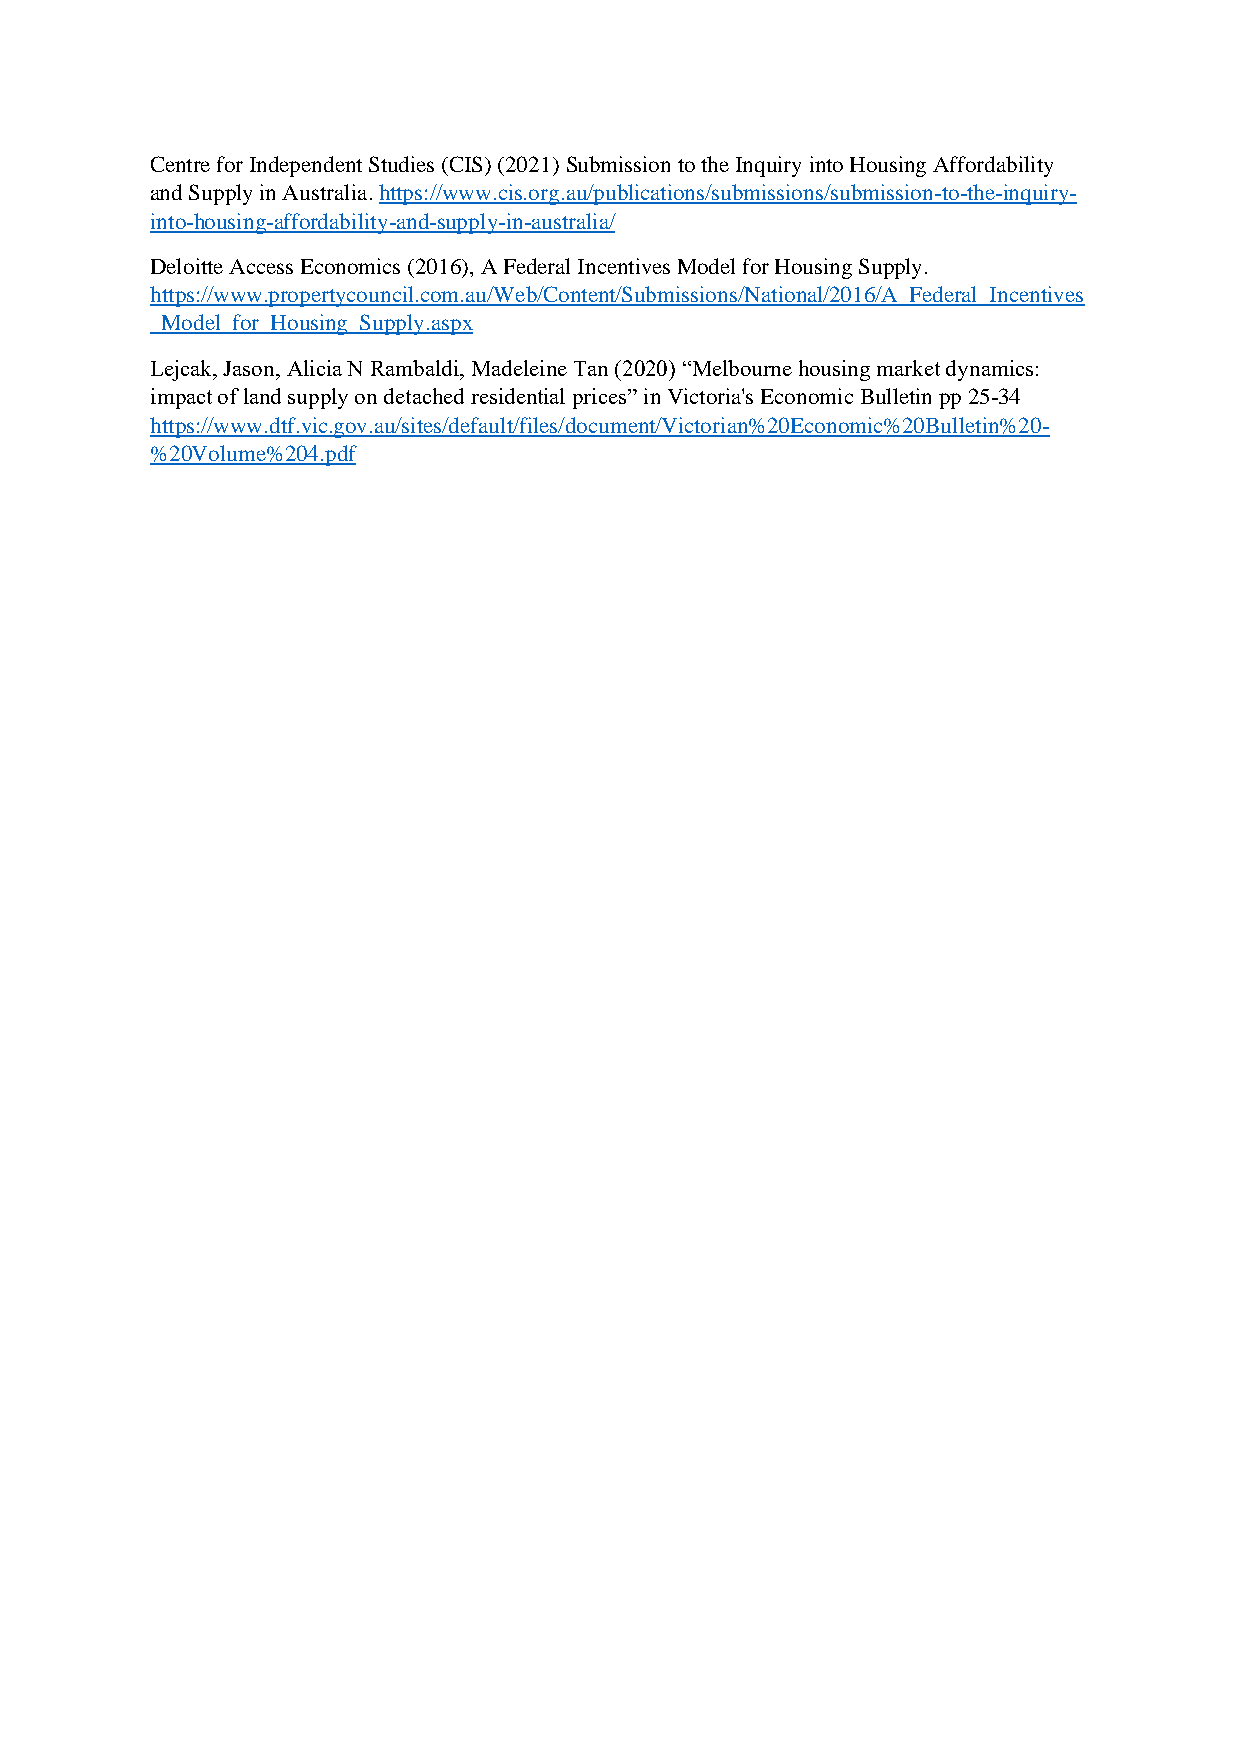
Centre for Independent Studies (CIS) (2021) Submission to the Inquiry into Housing Affordability
 and Supply in Australia. https://www.cis.org.au/publications/submissions/submission-to-the-inquiry-
 into-housing-affordability-and-supply-in-australia/
 Deloitte Access Economics (2016), A Federal Incentives Model for Housing Supply.
 https://www.propertycouncil.com.au/Web/Content/Submissions/National/2016/A_Federal_Incentives
 _Model_for_Housing_Supply.aspx
 Lejcak, Jason, Alicia N Rambaldi, Madeleine Tan (2020) “Melbourne housing market dynamics:
 impact of land supply on detached residential prices” in Victoria's Economic Bulletin pp 25-34
 https://www.dtf.vic.gov.au/sites/default/files/document/Victorian%20Economic%20Bulletin%20-
 %20Volume%204.pdf